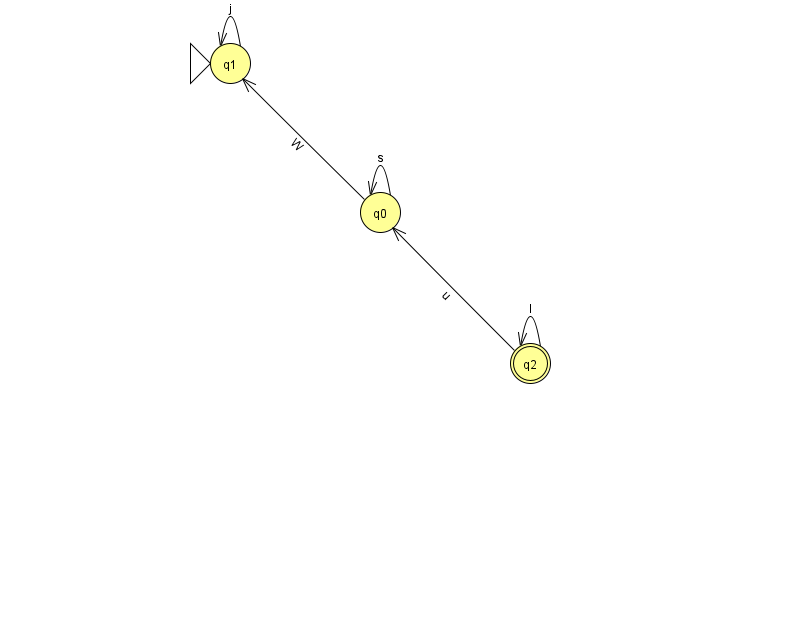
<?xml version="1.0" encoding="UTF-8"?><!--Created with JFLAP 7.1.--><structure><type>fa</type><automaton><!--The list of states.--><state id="0" name="q0"><x>380.0</x><y>199.0</y></state><state id="1" name="q1"><x>230.0</x><y>50.0</y><initial/></state><state id="2" name="q2"><x>530.0</x><y>350.0</y><final/></state><!--The list of transitions.--><transition><from>0</from><to>0</to><read>s</read></transition><transition><from>0</from><to>1</to><read>W</read></transition><transition><from>2</from><to>2</to><read>I</read></transition><transition><from>1</from><to>1</to><read>j</read></transition><transition><from>2</from><to>0</to><read>u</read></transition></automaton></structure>